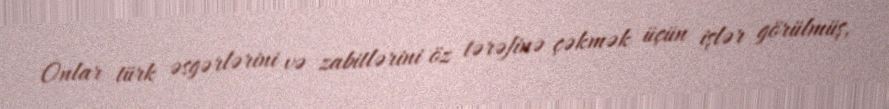
Onlar türk əsgərlərini və zabitlərini öz tərəfinə çəkmək üçün işlər görülmüş,